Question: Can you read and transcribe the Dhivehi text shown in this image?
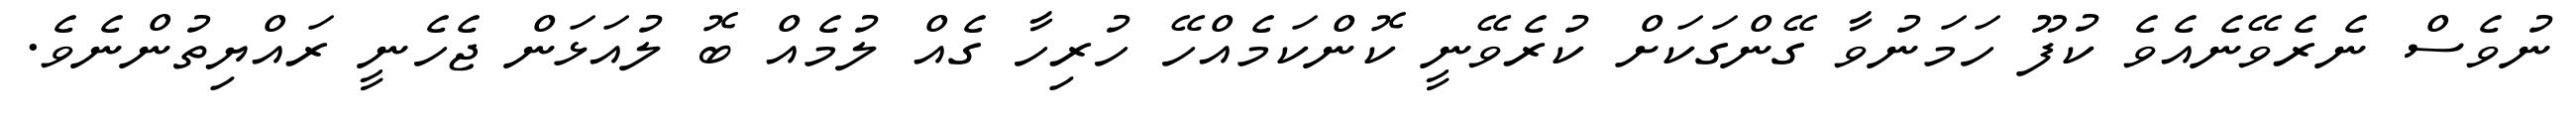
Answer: ނުވެސް ނެރެވޭނެއެވެ ކުފޫ ހަމަނުވާ ގޭންގަކަށް ކުރެވޭނީ ކޮންކަމެއްހޭ ހުރިހާ ގެއް ލުމެއް ބޮ ލުއަޅަން ޖެހެނީ ރައްޔިތުންނެވެ.